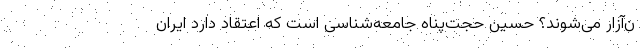
ن‌آزار می‌شوند؟ حسین حجت‌پناه جامعه‌شناسی است که اعتقاد دارد ایران